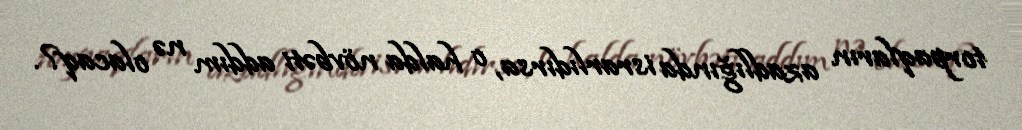
torpaqların azadlığında israrlıdırsa, o halda növbəti addım nə olacaq?.